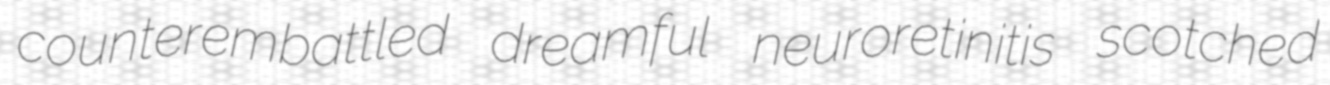
counterembattled dreamful neuroretinitis scotched